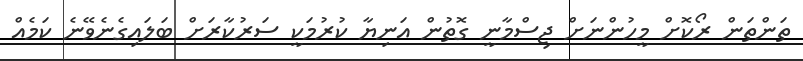
ތަންތަން ރޯކޮށް މީހުންނަށް ޖިސްމާނީ ގޮތުން އަނިޔާ ކުރުމަކީ ސަރުކާރަށް ބަލައިގެނެވޭނެ ކަަމެއް